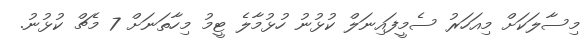
މިސާލަކަށް މިއަހަރު ސެމީފައިނަލް ކުޅުނު ހުޅުމާލެ ޓީމު މިހާތަނަށް 7 މެޗް ކުޅުނު.